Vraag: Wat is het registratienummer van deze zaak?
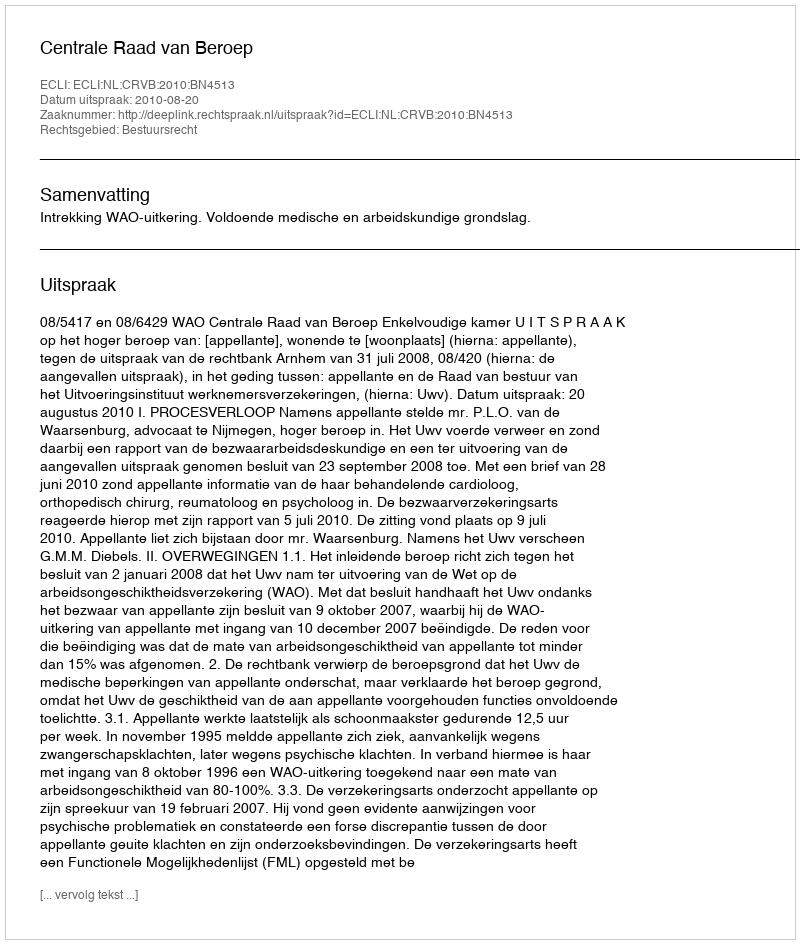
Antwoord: http://deeplink.rechtspraak.nl/uitspraak?id=ECLI:NL:CRVB:2010:BN4513